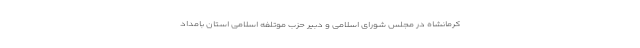
کرمانشاه در مجلس شورای اسلامی و دبیر حزب موتلفه اسلامی استان بامداد